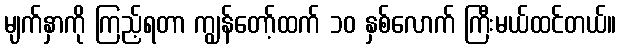
မျက်နှာကို ကြည့်ရတာ ကျွန်တော့်ထက် ၁၀ နှစ်လောက် ကြီးမယ်ထင်တယ်။